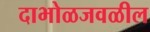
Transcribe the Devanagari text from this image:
दाभोळजवळील